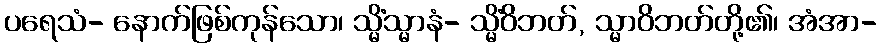
ပရေသံ- နောက်ဖြစ်ကုန်သော၊ သ္မိံသ္မာနံ- သ္မိံဝိဘတ်, သ္မာဝိဘတ်တို့၏၊ အံအာ-